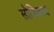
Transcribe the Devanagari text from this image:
सौनिकाद्य